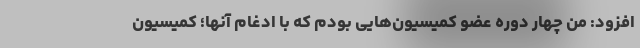
افزود: من چهار دوره عضو کمیسیون‌هایی بودم که با ادغام آنها؛ کمیسیون